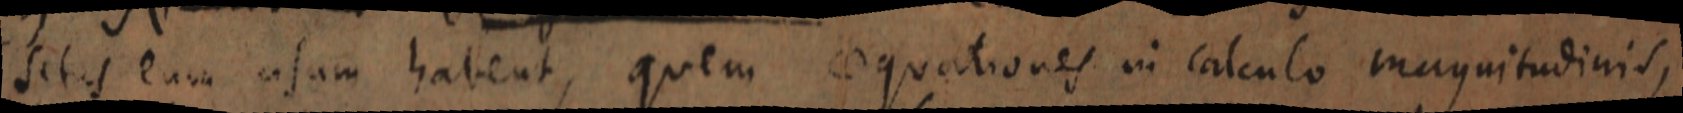
situs eum usum habent, quem aequationes in calculo magnitudinis,